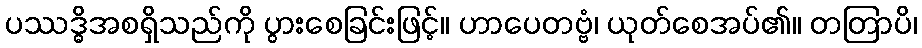
ပဿဒ္ဓိအစရှိသည်ကို ပွားစေခြင်းဖြင့်။ ဟာပေတဗ္ဗံ၊ ယုတ်စေအပ်၏။ တတြာပိ၊